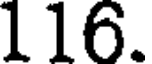
116.